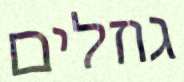
גוזלים